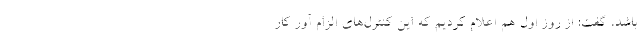
باشد، گفت: از روز اول هم اعلام کردیم که این کنترل‌های الزام آور کار